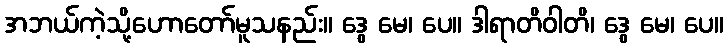
အဘယ်ကဲ့သို့ဟောတော်မူသနည်း။ ဒွေ မေ၊ ပေ။ ဒါရာတိဝါတိ၊ ဒွေ မေ၊ ပေ။